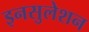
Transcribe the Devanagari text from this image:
इनसुलेशन